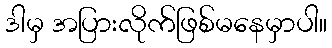
ဒါမှ အပြားလိုက်ဖြစ်မနေမှာပါ။